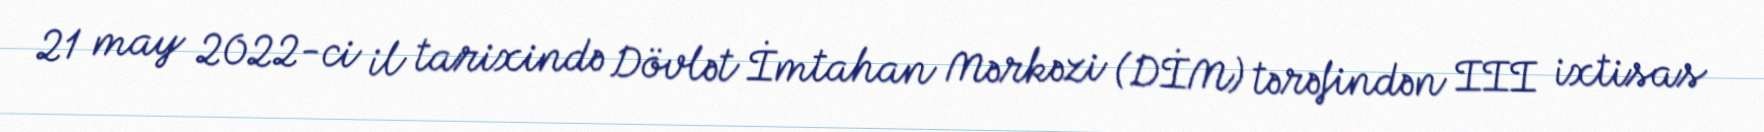
21 may 2022-ci il tarixində Dövlət İmtahan Mərkəzi (DİM) tərəfindən III ixtisas